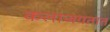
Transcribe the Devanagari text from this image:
कलाजगतात